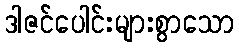
ဒါဇင်ပေါင်းများစွာသော